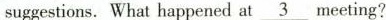
suggestions. What happened at \underline{3}meeting?